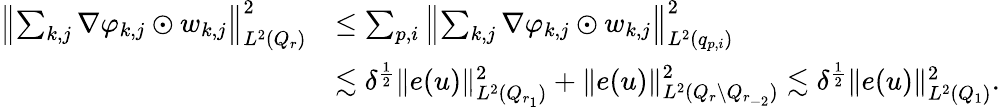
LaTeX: \begin{array}{rl}{\left\| \sum_{k,j}\nabla\varphi_{k,j}\odot w_{k,j}\right\| _{L^{2}(Q_{r})}^{2}}&{\le\sum_{p,i}\left\| \sum_{k,j}\nabla\varphi_{k,j}\odot w_{k,j}\right\| _{L^{2}(q_{p,i})}^{2}}\\ &{\lesssim\delta^{\frac{1}{2}}\| e(u)\| _{L^{2}(Q_{r_{1}})}^{2}+\| e(u)\| _{L^{2}(Q_{r}\setminus Q_{r_{-2}})}^{2}\lesssim\delta^{\frac{1}{2}}\| e(u)\| _{L^{2}(Q_{1})}^{2}.}\end{array}